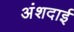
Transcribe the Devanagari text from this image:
अंशदाई